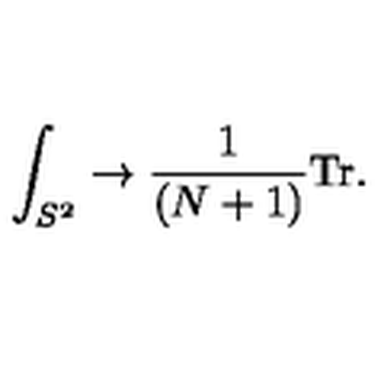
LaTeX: \int _ { S ^ { 2 } } \to { \frac { 1 } { ( N + 1 ) } } \mathrm { T r } .